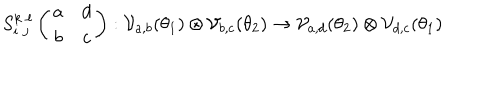
S _ { i \; j } ^ { k \; \ell } \left( \begin{array} { c c } { { a } } & { { d } } \\ { { b } } & { { c } } \\ \end{array} \right) : { \cal V } _ { a , b } ( \theta _ { 1 } ) \otimes { \cal V } _ { b , c } ( \theta _ { 2 } ) \rightarrow { \cal V } _ { a , d } ( \theta _ { 2 } ) \otimes { \cal V } _ { d , c } ( \theta _ { 1 } )